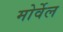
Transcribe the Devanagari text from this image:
मोर्वेल